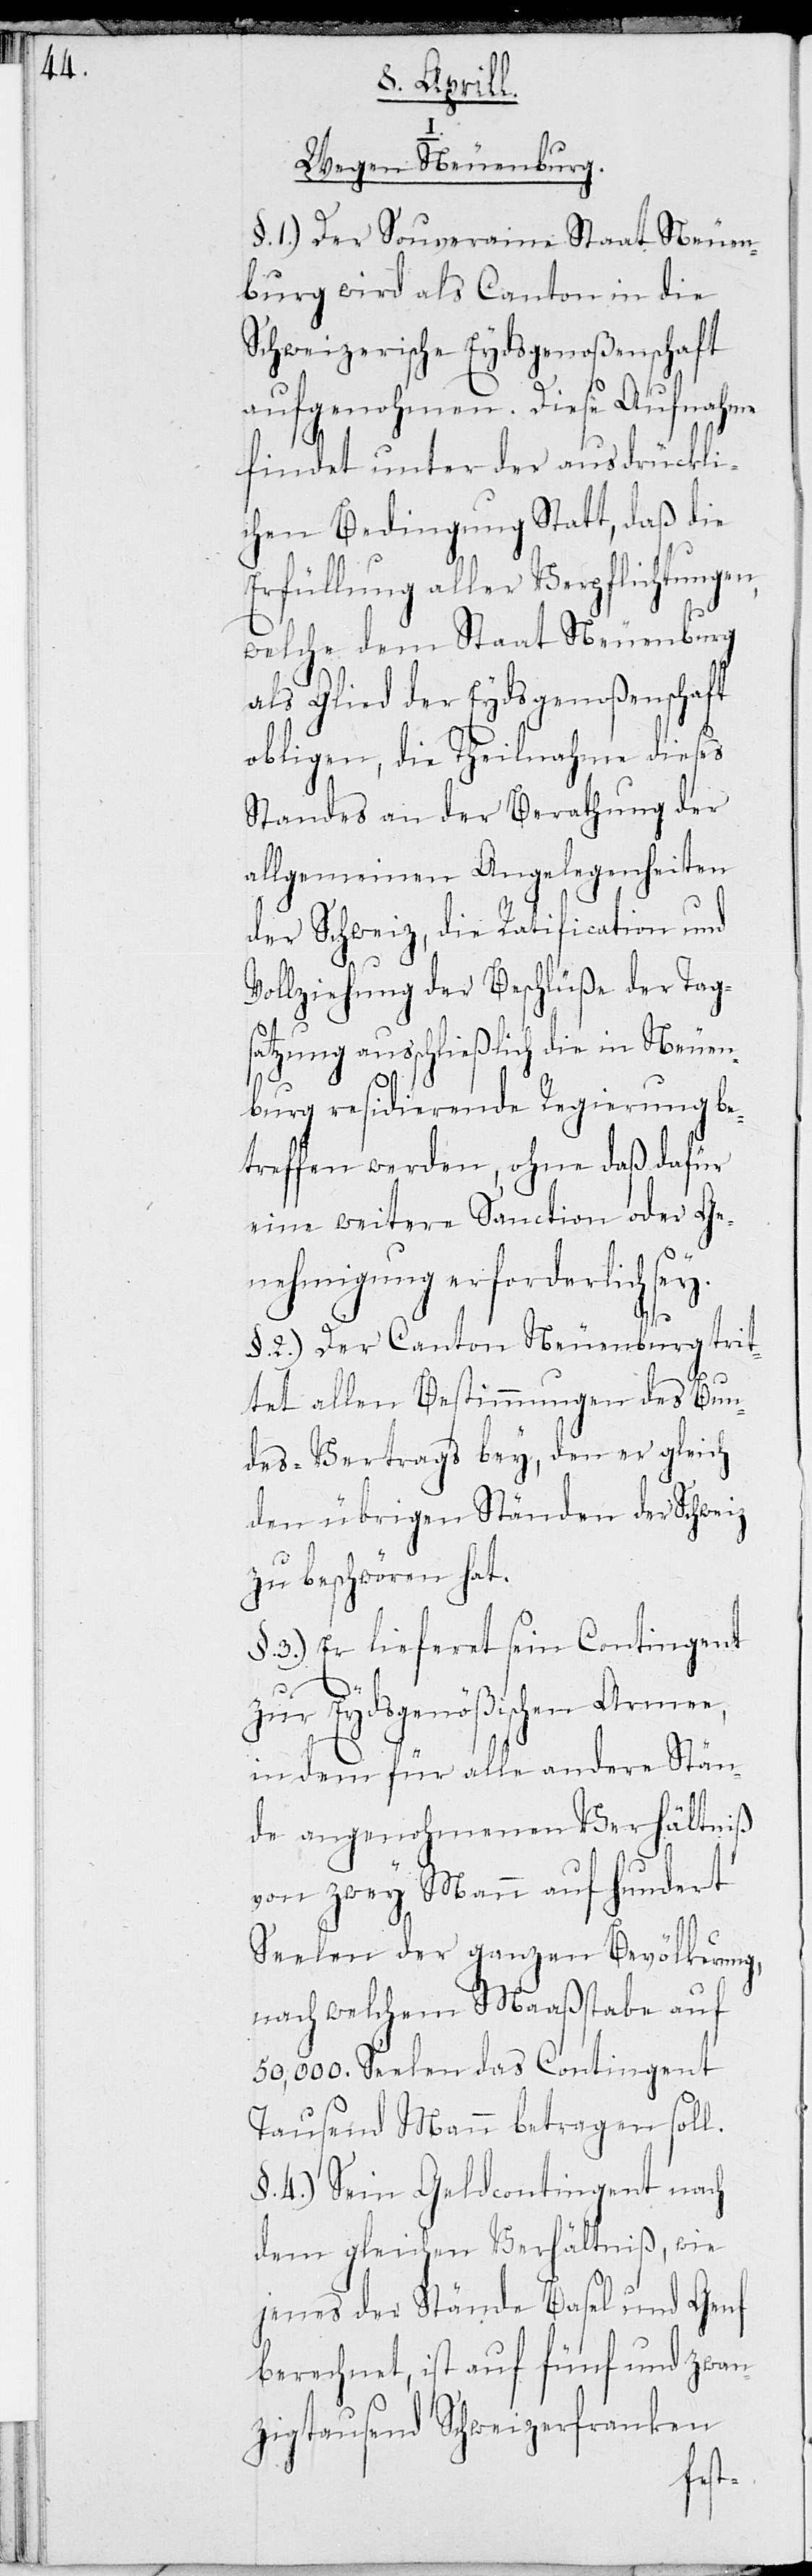
I.

Wegen Neuenburg.
§. 1.) Der Souveraine Staat Neuen¬
burg wird als Canton in die
Schweizerische Eydsgenoßenschaft
aufgenohmen. Diese Aufnahme
findet unter der ausdrückli¬
chen Bedingung Statt, daß die
Erfüllung aller Verpflichtungen,
welche dem Staat Neuenburg
als Glied der Eydsgenoßenschaft
obligen, die Theilnahme dieses
Standes an der Berathung der
allgemeinen Angelegenheiten
der Schweiz, die Ratification und
Vollziehung der Beschlüße der Tag¬
satzung ausschließlich die in Neuen¬
burg residierende Regierung be¬
treffen werden, ohne daß dafür
eine weitere Sanction oder Ge¬
nehmigung erforderlich sey.
§ 2.) Der Canton Neuenburg trit¬
tet allen Bestimmungen des Bun¬
des-Vertrags bey, den er gleich
den übrigen Ständen der Schweiz
zu beschwören hat.
§ 3.) Er lieferet sein Contingent
zur Eydsgenößischen Armee,
in dem für alle andere Stän¬
de angenohmenen Verhältniß
von zwey Mann auf hundert
Seelen der ganzen Bevölkerung,
nach welchem Maaßstabe auf
50,000. Seelen das Contingent
Tausend Mann betragen soll.
§ 4.) Sein Geldcontingent nach
dem gleichen Verhältniß, wie
jenes der Stände Basel und Genf
berechnet, ist auf fünf und zwan¬
zigtausend Schweizerfranken